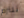
نلتزم